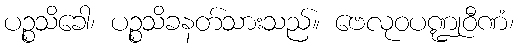
ပဉ္စသိခေါ၊ ပဉ္စသိခနတ်သားသည်။ ဗေလုဝပဏ္ဍုဝီဏံ၊